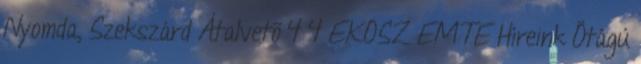
Nyomda, Szekszárd Átalvetõ 4 4 EKOSZ EMTE Híreink Ötágú